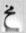
مخ